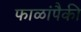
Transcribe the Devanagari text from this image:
फाळांपैकी